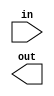
// A "population count" circuit counts the number of '1's in an input vector. 
//Build a population count circuit for a 3-bit input vector.

module top_module( 
    input [2:0] in,
    output [1:0] out );

    //INSERT YOUR CODE HERE

endmodule